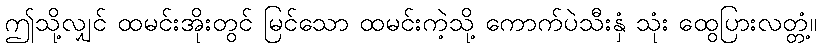
ဤသို့လျှင် ထမင်းအိုးတွင် မြင်သော ထမင်းကဲ့သို့ ကောက်ပဲသီးနှံ သုံး ထွေပြားလတ္တံ့။